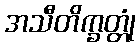
အသီတိက္ခတ္တုံ